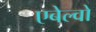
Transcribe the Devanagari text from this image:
एबेल्वो